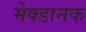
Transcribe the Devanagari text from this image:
मेक्डानक